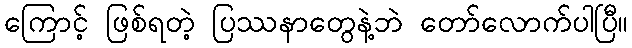
ကြောင့် ဖြစ်ရတဲ့ ပြဿနာတွေနဲ့ဘဲ တော်လောက်ပါပြီ။